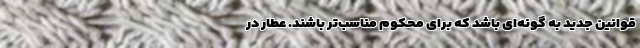
قوانین جدید به گونه‌ای باشد که برای محکوم مناسب‌تر باشند. عطار در